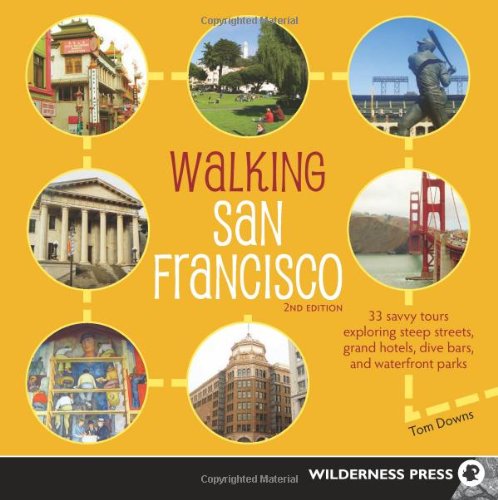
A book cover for Walking San Francisco: 33 Savvy Tours Exploring Steep Streets, Grand Hotels, Dive Bars, and Waterfront Parks; Tom Downs; Health, Fitness & Dieting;